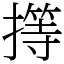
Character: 㩐